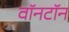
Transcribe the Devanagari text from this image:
वॉनटॉन